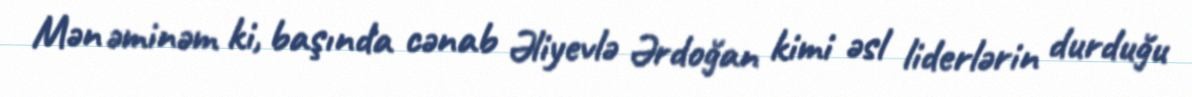
Mən əminəm ki, başında cənab Əliyevlə Ərdoğan kimi əsl liderlərin durduğu